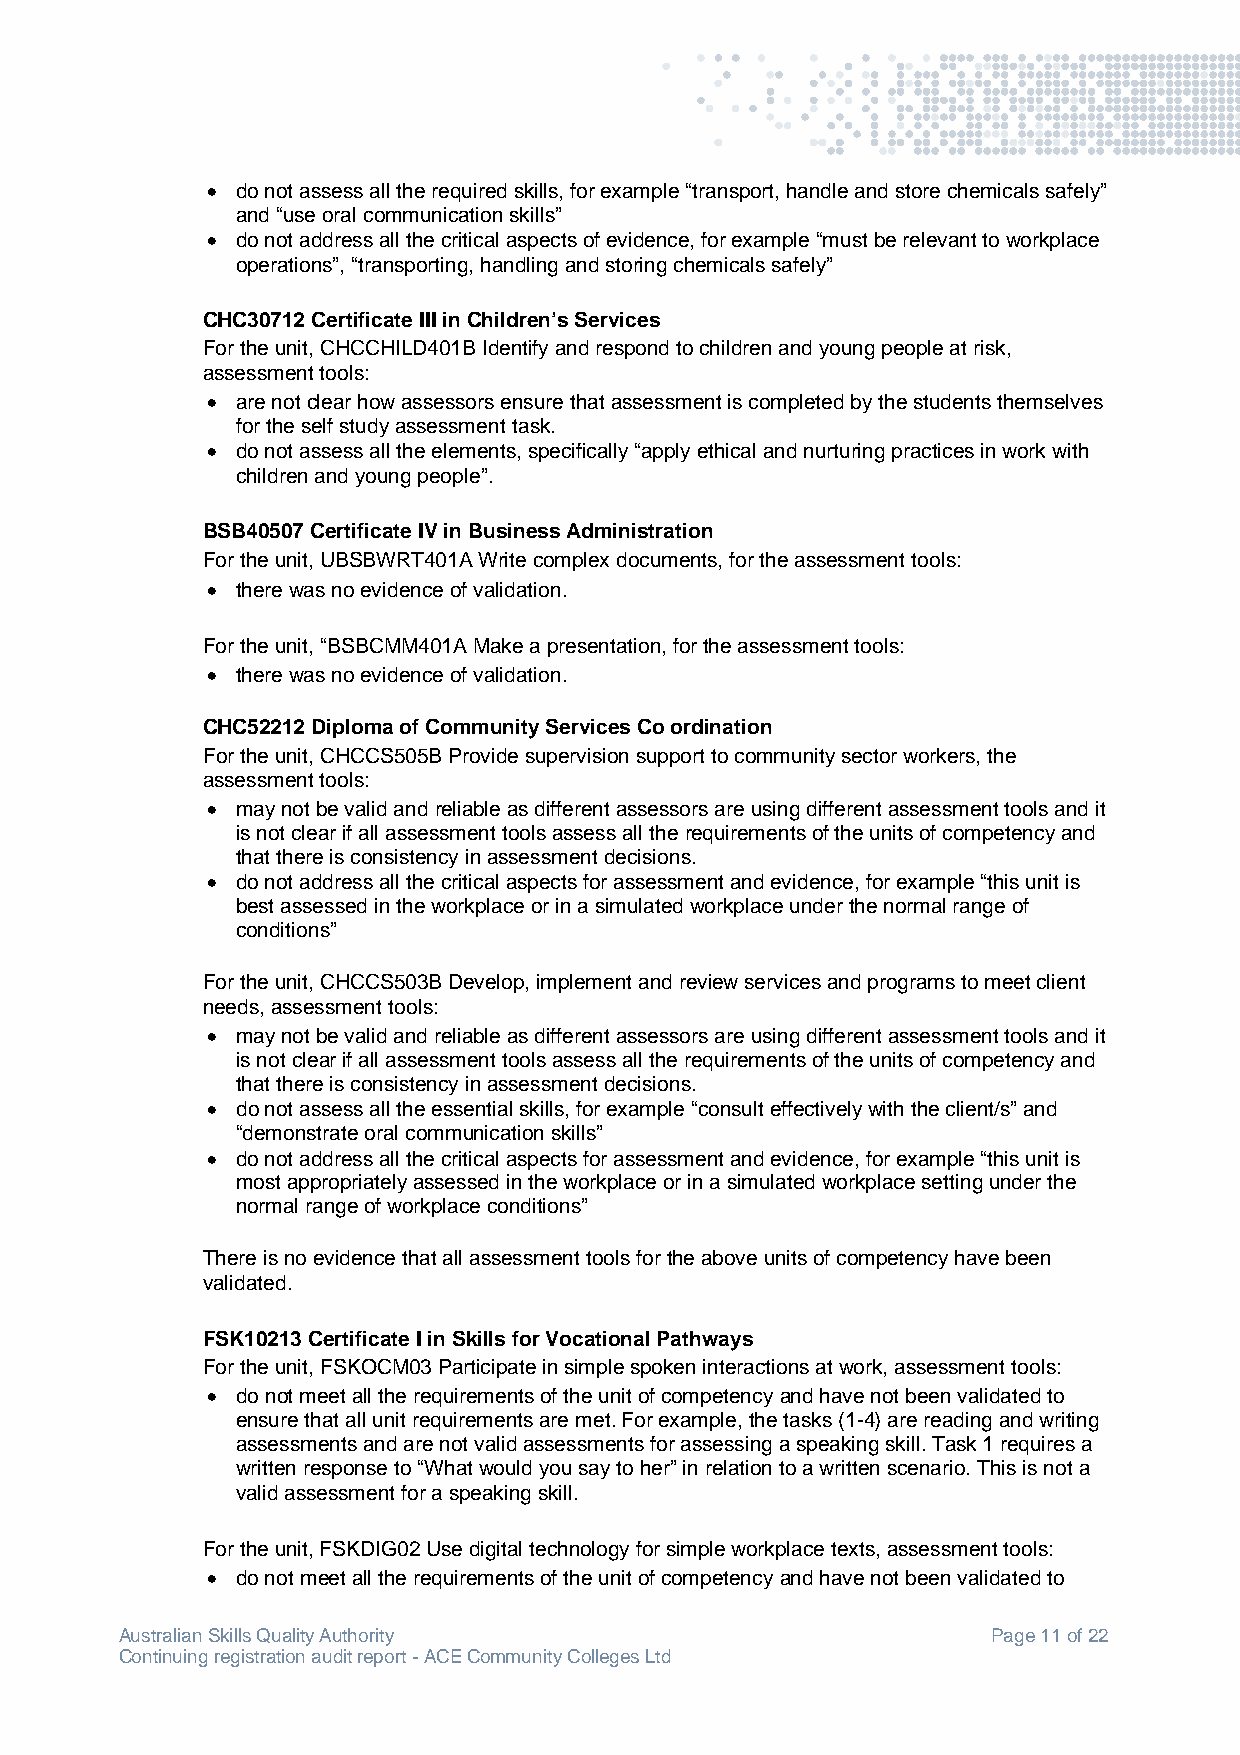
 do not assess all the required skills, for example “transport, handle and store chemicals safely”
 and “use oral communication skills”
  do not address all the critical aspects of evidence, for example “must be relevant to workplace
 operations”, “transporting, handling and storing chemicals safely”
 CHC30712 Certificate III in Children’s Services
 For the unit, CHCCHILD401B Identify and respond to children and young people at risk,
 assessment tools:
  are not clear how assessors ensure that assessment is completed by the students themselves
 for the self study assessment task.
  do not assess all the elements, specifically “apply ethical and nurturing practices in work with
 children and young people”.
 BSB40507 Certificate IV in Business Administration
 For the unit, UBSBWRT401A Write complex documents, for the assessment tools:
  there was no evidence of validation.
 For the unit, “BSBCMM401A Make a presentation, for the assessment tools:
  there was no evidence of validation.
 CHC52212 Diploma of Community Services Co ordination
 For the unit, CHCCS505B Provide supervision support to community sector workers, the
 assessment tools:
  may not be valid and reliable as different assessors are using different assessment tools and it
 is not clear if all assessment tools assess all the requirements of the units of competency and
 that there is consistency in assessment decisions.
  do not address all the critical aspects for assessment and evidence, for example “this unit is
 best assessed in the workplace or in a simulated workplace under the normal range of
 conditions”
 For the unit, CHCCS503B Develop, implement and review services and programs to meet client
 needs, assessment tools:
  may not be valid and reliable as different assessors are using different assessment tools and it
 is not clear if all assessment tools assess all the requirements of the units of competency and
 that there is consistency in assessment decisions.
  do not assess all the essential skills, for example “consult effectively with the client/s” and
 “demonstrate oral communication skills”
  do not address all the critical aspects for assessment and evidence, for example “this unit is
 most appropriately assessed in the workplace or in a simulated workplace setting under the
 normal range of workplace conditions”
 There is no evidence that all assessment tools for the above units of competency have been
 validated.
 FSK10213 Certificate I in Skills for Vocational Pathways
 For the unit, FSKOCM03 Participate in simple spoken interactions at work, assessment tools:
  do not meet all the requirements of the unit of competency and have not been validated to
 ensure that all unit requirements are met. For example, the tasks (1-4) are reading and writing
 assessments and are not valid assessments for assessing a speaking skill. Task 1 requires a
 written response to “What would you say to her” in relation to a written scenario. This is not a
 valid assessment for a speaking skill.
 For the unit, FSKDIG02 Use digital technology for simple workplace texts, assessment tools:
  do not meet all the requirements of the unit of competency and have not been validated to
 Australian Skills Quality Authority                       Page 11 of 22
 Continuing registration audit report - ACE Community Colleges Ltd